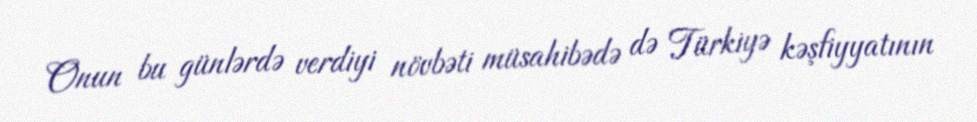
Onun bu günlərdə verdiyi növbəti müsahibədə də Türkiyə kəşfiyyatının